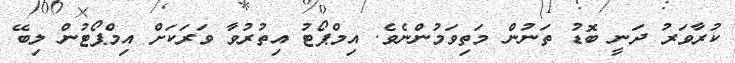
ކުރާވަރު ދަނީ ބޮޑު ތަނުން މަތިވަމުންނެވެ. އިމްޕޯޓު އިތުރުވާ ވަރަކަށް އިމްޕޯޓުން ލިބޭ